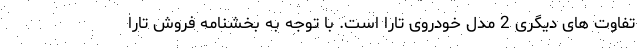
تفاوت های دیگری 2 مدل خودروی تارا است. با توجه به بخشنامه فروش تارا